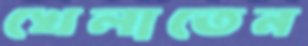
খেলাতেন